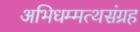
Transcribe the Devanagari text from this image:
अभिधम्मत्थसंग्रह